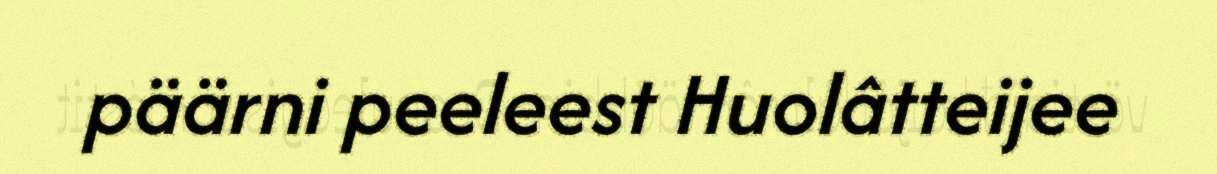
päärni peeleest Huolâtteijee